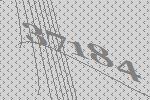
37184